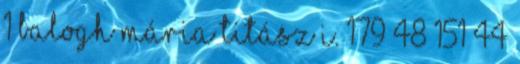
1 Balogh Mária TITÁSZ I. 179 48 151 44